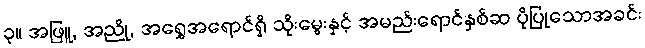
၃။ အဖြူ, အညို, အရွှေအရောင်ရှိ သိုးမွေးနှင့် အမည်းရောင်နှစ်ဆ ပိုပြုသောအခင်း